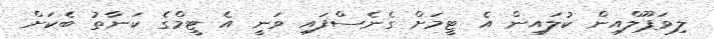
ލިވަޕޫލްއިން ކުލައިން އެ ޓީމަށް ގެނެސްފައި ވަނީ އެ ޓީމްގެ ކަނާތު ބެކަށް